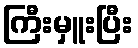
ကြီးမှူးပြီး